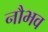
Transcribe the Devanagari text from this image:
नौभव